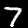
Digit: 7